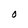
Character: O